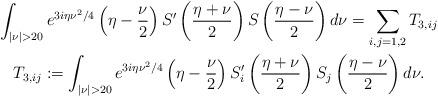
LaTeX: \begin{gather*}\int_{|\nu|>20} e^{3i\eta\nu^2/4}\left(\eta-\frac{\nu}{2}\right)S'\left(\frac{\eta+\nu}{2}\right)S\left(\frac{\eta-\nu}{2}\right)d\nu = \sum_{i,j=1,2} T_{3,ij} \\ T_{3,ij} := \int_{|\nu|>20} e^{3i\eta\nu^2/4}\left(\eta-\frac{\nu}{2}\right)S_i'\left(\frac{\eta+\nu}{2}\right)S_j\left(\frac{\eta-\nu}{2}\right)d\nu.\end{gather*}